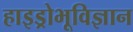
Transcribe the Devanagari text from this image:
हाइड्रोभूविज्ञान